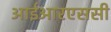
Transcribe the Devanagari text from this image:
आईआरएससी